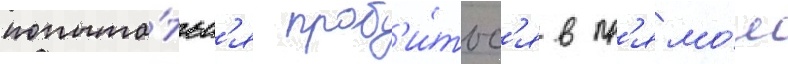
попыта́тьс'я проб'и́тьс'я в пр'ямо́м